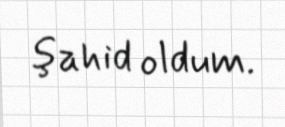
şahid oldum.